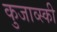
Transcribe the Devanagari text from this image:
कुजाव्स्की